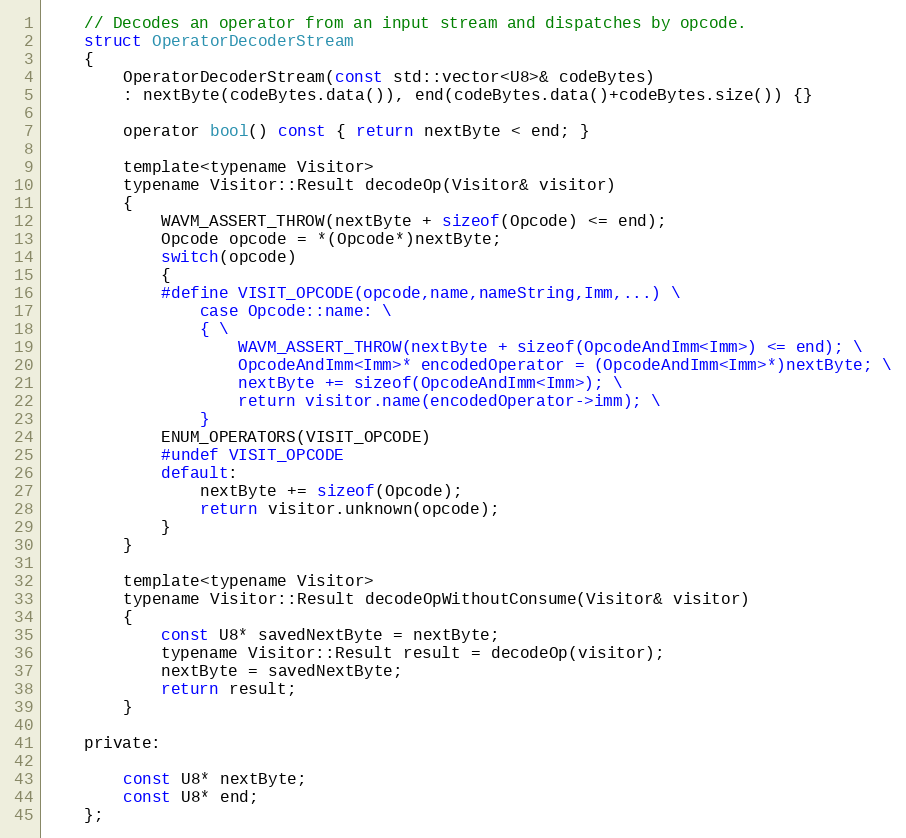
Language: C
	// Decodes an operator from an input stream and dispatches by opcode.
	struct OperatorDecoderStream
	{
		OperatorDecoderStream(const std::vector<U8>& codeBytes)
		: nextByte(codeBytes.data()), end(codeBytes.data()+codeBytes.size()) {}

		operator bool() const { return nextByte < end; }

		template<typename Visitor>
		typename Visitor::Result decodeOp(Visitor& visitor)
		{
			WAVM_ASSERT_THROW(nextByte + sizeof(Opcode) <= end);
			Opcode opcode = *(Opcode*)nextByte;
			switch(opcode)
			{
			#define VISIT_OPCODE(opcode,name,nameString,Imm,...) \
				case Opcode::name: \
				{ \
					WAVM_ASSERT_THROW(nextByte + sizeof(OpcodeAndImm<Imm>) <= end); \
					OpcodeAndImm<Imm>* encodedOperator = (OpcodeAndImm<Imm>*)nextByte; \
					nextByte += sizeof(OpcodeAndImm<Imm>); \
					return visitor.name(encodedOperator->imm); \
				}
			ENUM_OPERATORS(VISIT_OPCODE)
			#undef VISIT_OPCODE
			default:
				nextByte += sizeof(Opcode);
				return visitor.unknown(opcode);
			}
		}

		template<typename Visitor>
		typename Visitor::Result decodeOpWithoutConsume(Visitor& visitor)
		{
			const U8* savedNextByte = nextByte;
			typename Visitor::Result result = decodeOp(visitor);
			nextByte = savedNextByte;
			return result;
		}

	private:

		const U8* nextByte;
		const U8* end;
	};